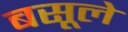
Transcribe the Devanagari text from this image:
बसूले